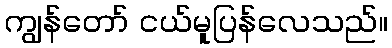
ကျွန်တော် ငယ်မူပြန်လေသည်။